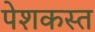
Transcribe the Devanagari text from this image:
पेशकस्त